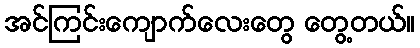
အင်ကြင်းကျောက်လေးတွေ တွေ့တယ်။